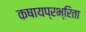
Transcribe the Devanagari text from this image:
कषायप्रभ्रिता